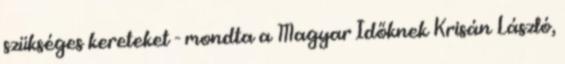
szükséges kereteket - mondta a Magyar Időknek Krisán László,